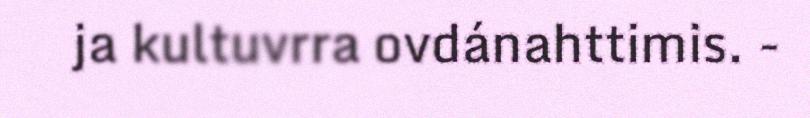
ja kultuvrra ovdánahttimis. -